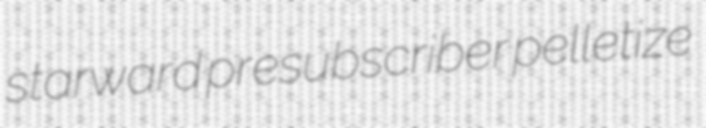
starward presubscriber pelletize